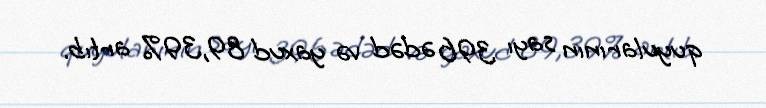
quyularının sayı 396 ədəd və yaxud 89,39% artıb.